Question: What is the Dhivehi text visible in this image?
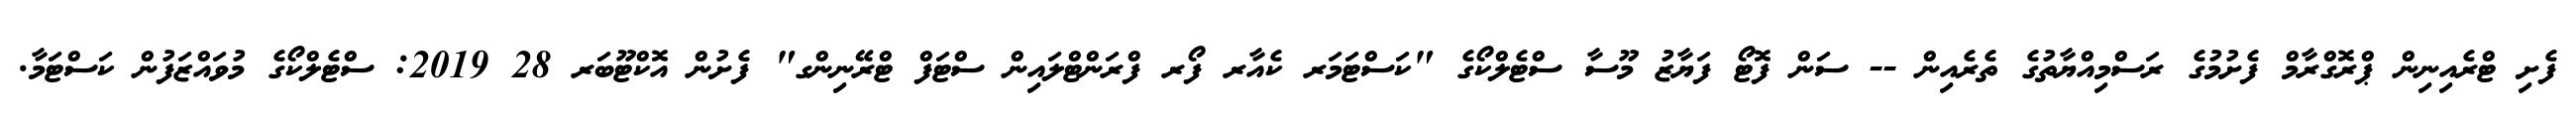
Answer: ފެށި ޓްރެއިނިން ޕްރޮގްރާމް ފެށުމުގެ ރަސްމިއްޔާތުގެ ތެރެއިން -- ސަން ފޮޓޯ ފަޔާޒު މޫސާ ސްޓެލްކޯގެ "ކަސްޓަމަރ ކެއާރ ފޯރ ފްރަންޓްލައިން ސްޓަފް ޓްރޭނިންގ" ފެށުން އޮކްޓޫބަރ 28 2019: ސްޓެލްކޯގެ މުވައްޒަފުން ކަސްޓަމާ.